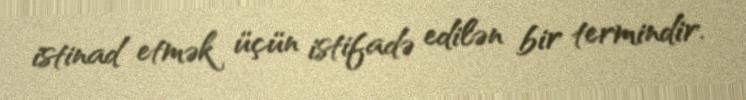
istinad etmək üçün istifadə edilən bir termindir.